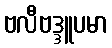
ဗလီဗဒ္ဒူပမာ